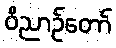
ဝိညာဉ်တော်